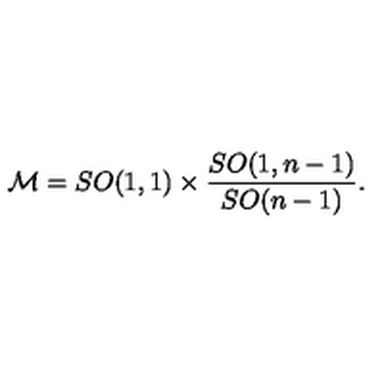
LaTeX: { \cal M } = { S O ( 1 , 1 ) } \times { \frac { S O ( 1 , n - 1 ) } { S O ( n - 1 ) } } .